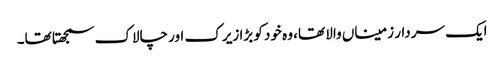
ایک سردار زمیناں والا تھا، وہ خود کو بڑا زیرک اور چالاک سمجھتا تھا۔